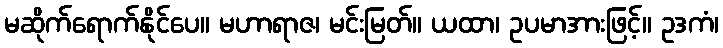
မဆိုက်ရောက်နိုင်ပေ။ မဟာရာဇ၊ မင်းမြတ်။ ယထာ၊ ဥပမာအားဖြင့်။ ဥဒကံ၊